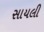
સાયલી